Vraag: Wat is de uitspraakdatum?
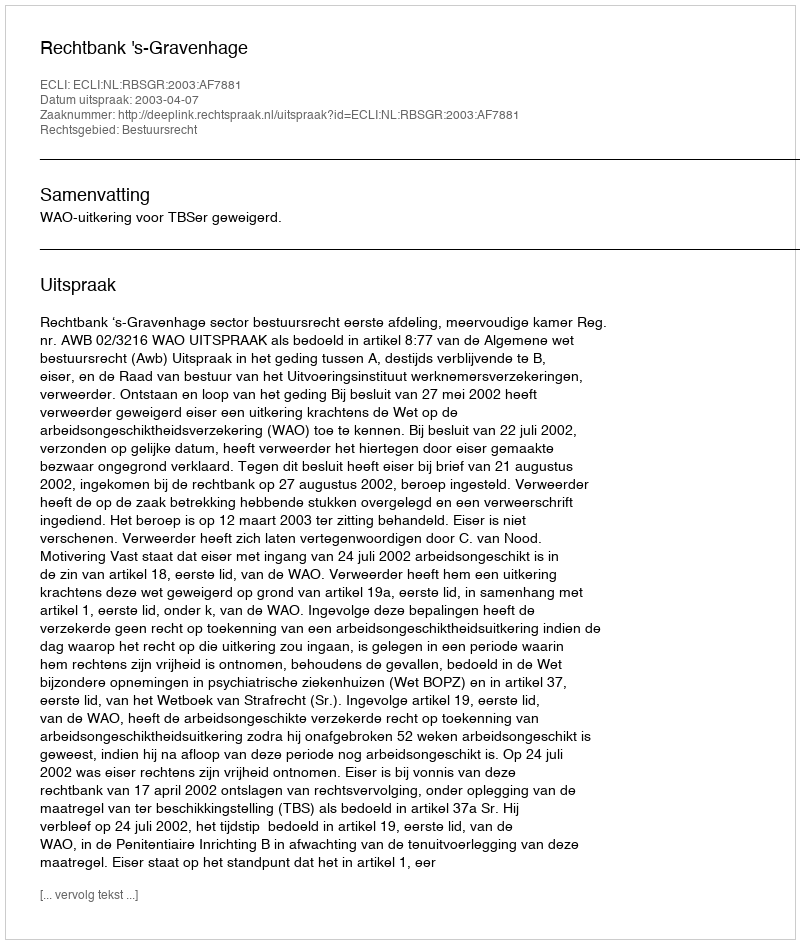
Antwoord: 2003-04-07